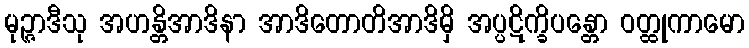
မုဉ္ဇာဒီသု အဟန္တိအာဒိနာ အာဒိတောတိအာဒိမှိ အပ္ပဋိက္ခိပန္တော ဝတ္ထုကာမော